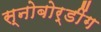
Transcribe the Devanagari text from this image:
स्नोबोर्डींग